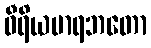
ဝီရိယမာရဘတော